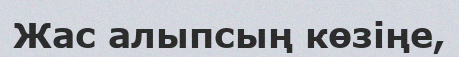
Жас алыпсың көзiңе,